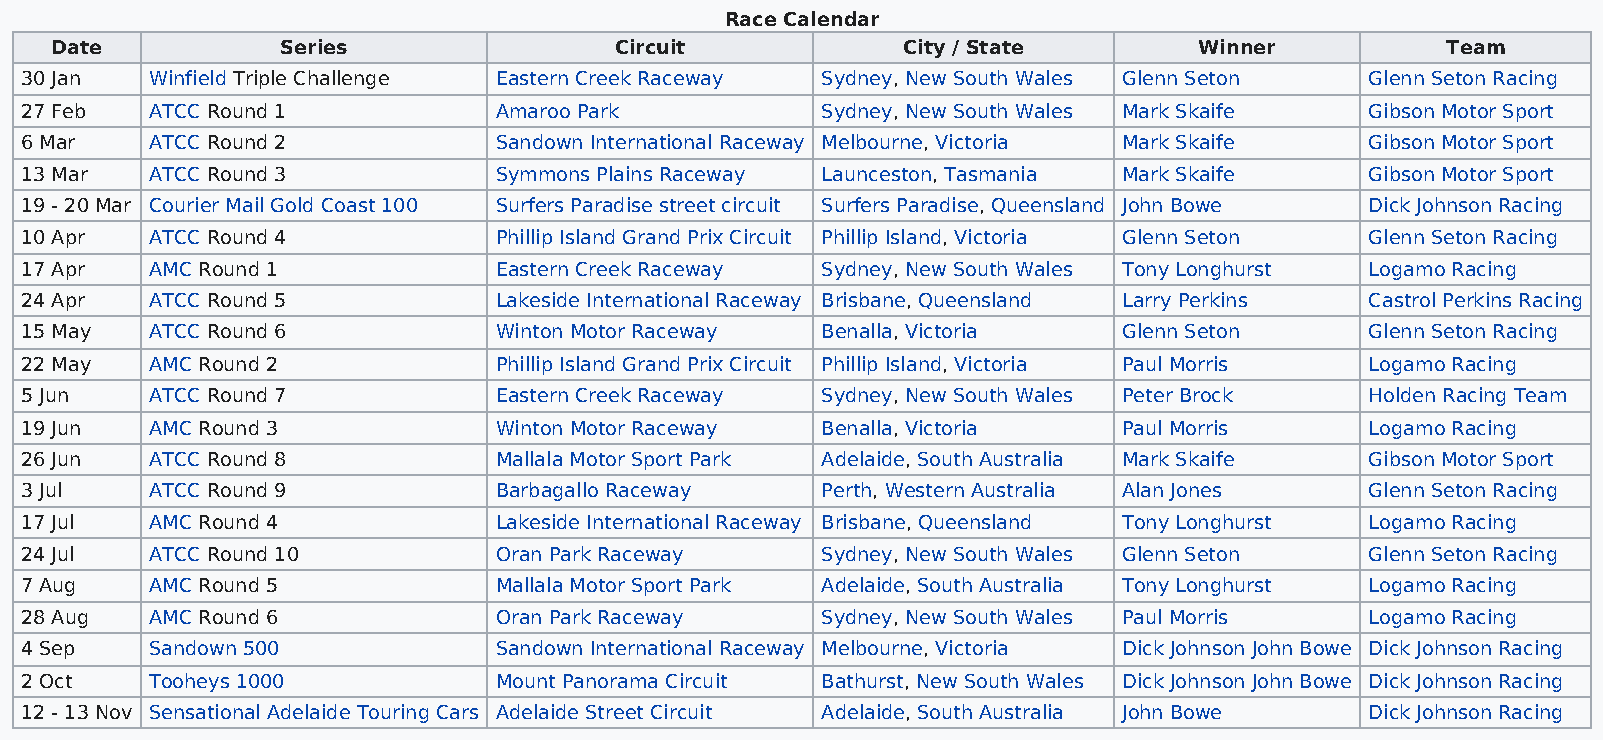
Race Calendar
 Date            Series                Circuit            City / State       Winner           Team
 30 Jan   Winfield Triple Challenge Eastern Creek Raceway Sydney, New South Wales Glenn Seton Glenn Seton Racing
 27 Feb   ATCC Round 1           Amaroo Park          Sydney, New South Wales Mark Skaife  Gibson Motor Sport
 6 Mar    ATCC Round 2           Sandown International Raceway Melbourne, Victoria Mark Skaife Gibson Motor Sport
 13 Mar   ATCC Round 3           Symmons Plains Raceway Launceston, Tasmania Mark Skaife   Gibson Motor Sport
 19 - 20 Mar Courier Mail Gold Coast 100 Surfers Paradise street circuit Surfers Paradise, Queensland John Bowe Dick Johnson Racing
 10 Apr   ATCC Round 4           Phillip Island Grand Prix Circuit Phillip Island, Victoria Glenn Seton Glenn Seton Racing
 17 Apr   AMC Round 1            Eastern Creek Raceway Sydney, New South Wales Tony Longhurst Logamo Racing
 24 Apr   ATCC Round 5           Lakeside International Raceway Brisbane, Queensland Larry Perkins Castrol Perkins Racing
 15 May   ATCC Round 6           Winton Motor Raceway Benalla, Victoria   Glenn Seton      Glenn Seton Racing
 22 May   AMC Round 2            Phillip Island Grand Prix Circuit Phillip Island, Victoria Paul Morris Logamo Racing
 5 Jun    ATCC Round 7           Eastern Creek Raceway Sydney, New South Wales Peter Brock Holden Racing Team
 19 Jun   AMC Round 3            Winton Motor Raceway Benalla, Victoria   Paul Morris      Logamo Racing
 26 Jun   ATCC Round 8           Mallala Motor Sport Park Adelaide, South Australia Mark Skaife Gibson Motor Sport
 3 Jul    ATCC Round 9           Barbagallo Raceway   Perth, Western Australia Alan Jones  Glenn Seton Racing
 17 Jul   AMC Round 4            Lakeside International Raceway Brisbane, Queensland Tony Longhurst Logamo Racing
 24 Jul   ATCC Round 10          Oran Park Raceway    Sydney, New South Wales Glenn Seton  Glenn Seton Racing
 7 Aug    AMC Round 5            Mallala Motor Sport Park Adelaide, South Australia Tony Longhurst Logamo Racing
 28 Aug   AMC Round 6            Oran Park Raceway    Sydney, New South Wales Paul Morris  Logamo Racing
 4 Sep    Sandown 500            Sandown International Raceway Melbourne, Victoria Dick Johnson John Bowe Dick Johnson Racing
 2 Oct    Tooheys 1000           Mount Panorama Circuit Bathurst, New South Wales Dick Johnson John Bowe Dick Johnson Racing
 12 - 13 Nov Sensational Adelaide Touring Cars Adelaide Street Circuit Adelaide, South Australia John Bowe Dick Johnson Racing